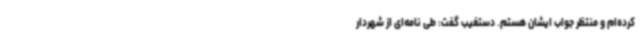
کرده‌ام و منتظر جواب ایشان هستم. دستغیب گفت: طی نامه‌ای از شهردار